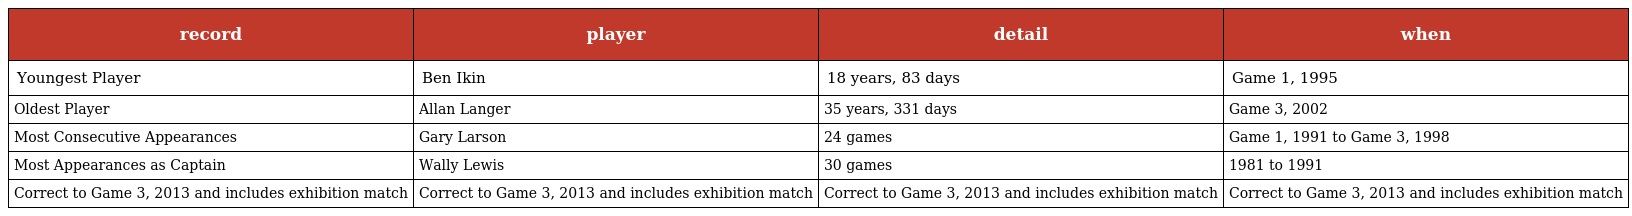
| record | player | detail | when |
 | --- | --- | --- | --- |
 | Youngest Player | Ben Ikin | 18 years, 83 days | Game 1, 1995 |
 | Oldest Player | Allan Langer | 35 years, 331 days | Game 3, 2002 |
 | Most Consecutive Appearances | Gary Larson | 24 games | Game 1, 1991 to Game 3, 1998 |
 | Most Appearances as Captain | Wally Lewis | 30 games | 1981 to 1991 |
 | Correct to Game 3, 2013 and includes exhibition match | Correct to Game 3, 2013 and includes exhibition match | Correct to Game 3, 2013 and includes exhibition match | Correct to Game 3, 2013 and includes exhibition match |